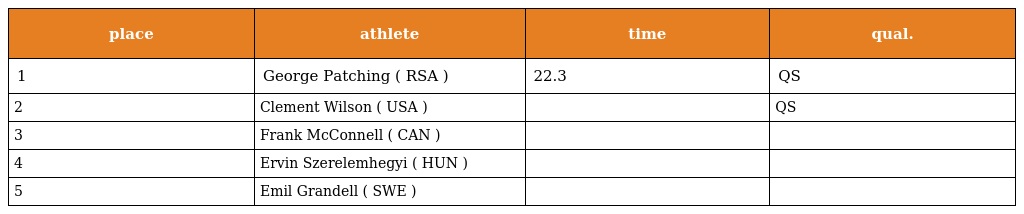
| place | athlete | time | qual. |
 | --- | --- | --- | --- |
 | 1 | George Patching ( RSA ) | 22.3 | QS |
 | 2 | Clement Wilson ( USA ) |  | QS |
 | 3 | Frank McConnell ( CAN ) |  |  |
 | 4 | Ervin Szerelemhegyi ( HUN ) |  |  |
 | 5 | Emil Grandell ( SWE ) |  |  |